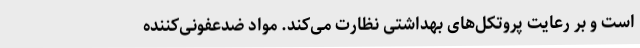
است و بر رعایت پروتکل‌های بهداشتی نظارت می‌کند. مواد ضدعفونی‌کننده